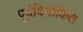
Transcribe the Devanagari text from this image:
पूर्वदिनांकित